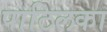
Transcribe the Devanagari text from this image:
पाटिलका